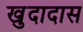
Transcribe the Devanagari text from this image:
खुदादास